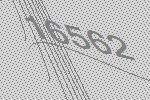
16562